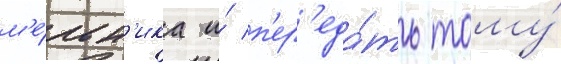
м'е́льн'ика и́ п'ер'еда́ть тому́